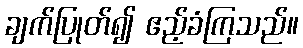
ချက်ပြုတ်၍ ဧည့်ခံကြသည်။